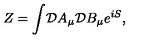
Z = \int \! { \cal D } A _ { \mu } { \cal D } B _ { \mu } e ^ { i S } ,